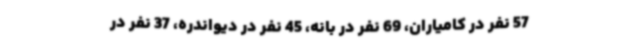
57 نفر در کامیاران، 69 نفر در بانه، 45 نفر در دیواندره، 37 نفر در